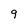
Character: 9